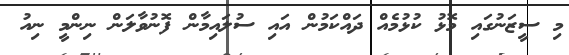
މި ސީޒަނުގައި މޮޅު ކުޅުމެއް ދައްކަމުން އައި ސުލައިމާން ފޮނުވާލަން ނިންމީ ނިއު